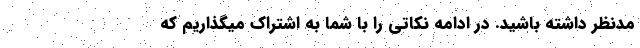
مدنظر داشته باشید. در ادامه نکاتی را با شما به اشتراک میگذاریم که